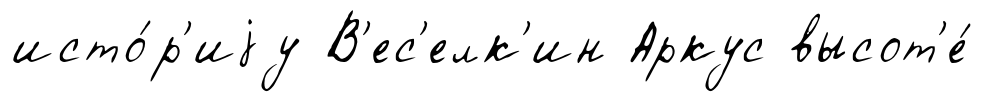
исто́р'иjу В'ес'елк'ин Аркус высот'е́